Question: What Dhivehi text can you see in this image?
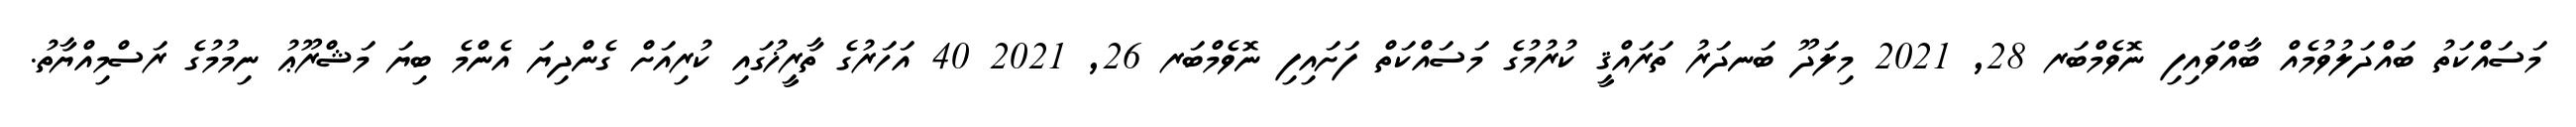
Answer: މަސައްކަތު ބައްދަލުވުމެއް ބާއްވައިފި ނޮވެމްބަރ 28, 2021 މިލަދޫ ބަނދަރު ތަރައްޤީ ކުރުމުގެ މަސައްކަތް ފަށައިފި ނޮވެމްބަރ 26, 2021 40 އަހަރުގެ ތާރީޚުގައި ކުރިއަށް ގެންދިޔަ އެންމެ ބިޔަ މަޝްރޫޢު ނިމުމުގެ ރަސްމިއްޔާތު.